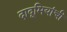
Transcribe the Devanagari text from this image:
दादूमियांची